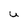
Character: U